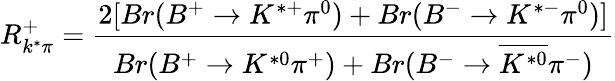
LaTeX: R_{k^{*}\pi}^{+}=\frac{2[Br(B^{+}\rightarrow K^{*+}\pi^{0})+Br(B^{-}\rightarrow K^{*-}\pi^{0})]}{Br(B^{+}\rightarrow K^{*0}\pi^{+})+Br(B^{-}\rightarrow\overline{{{K^{*0}}}}\pi^{-})}